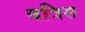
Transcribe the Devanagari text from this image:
बत्रिस